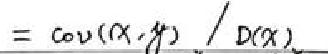
$= cov(x,y) / D(x)$